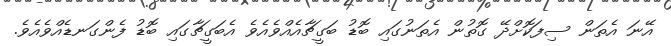
އޭނަ އެތަން ސިފަކޮށްދޭ ގޮތުން އެތަނުގައި ބޮޑު ބަގީޗާއެއްވެއެވެ އެބަގީޗާގައި ބޮޑު ފެންގަނޑެއްވެއެވެ.